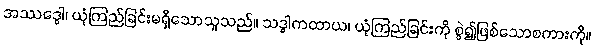
အဿဒ္ဓေါ၊ ယုံကြည်ခြင်းမရှိသောသူသည်။ သဒ္ဓါကထာယ၊ ယုံကြည်ခြင်းကို စွဲ၍ဖြစ်သောစကားကို။